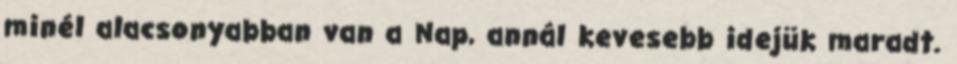
minél alacsonyabban van a Nap, annál kevesebb idejük maradt.